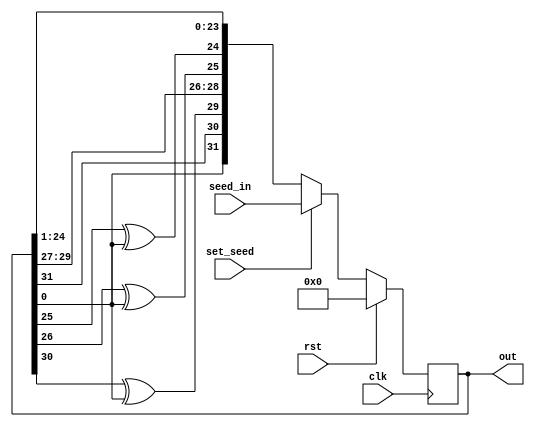
/* LFSR 32-bit
 * a.k.a Psuedo-Random Number Generator
 *
 * wchen329
 */
module lfsr_32(input clk, input rst, input set_seed, input[31:0] seed_in, output[31:0] out);

	wire[31:0] sbo;
	wire[31:0] next_state;
	reg[31:0] v; // Current "random" value

	// Sequential logics
	always @(posedge clk) begin

		// Reset if asserted
		if(rst) begin
			v <= 32'd0;
		end

		// Set seed as necessary
		else if(set_seed) begin
			v <= seed_in;
		end

		// Otherwise, assign based on taps
		else begin
			v <= next_state;
		end
	end

	// Static wire assignments
	assign sbo = {1'b0, v[31:1]}; // logical right shift by one
	assign next_state = {v[0], sbo[30], sbo[29] ^ v[0], sbo[28:26], sbo[25]^ v[0], sbo[24] ^ v[0],sbo[23:0]};
		// correct next state, utilizing Taps are at 32, 30, 26, 25
		// Note that sbo[29] == v[30], sbo[25] == v[26], sbp[24] == v[25]
			
	assign out = v;	

endmodule